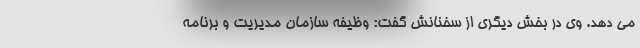
می دهد. وی در بخش دیگری از سخنانش گفت: وظیفه سازمان مدیریت و برنامه